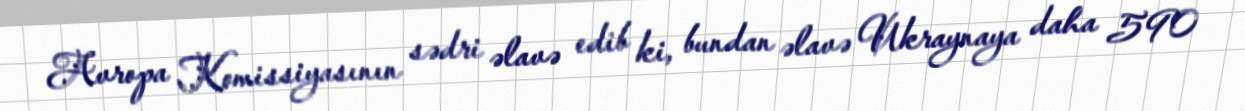
Avropa Komissiyasının sədri əlavə edib ki, bundan əlavə Ukraynaya daha 590